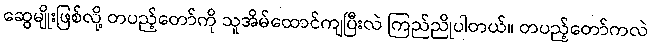
ဆွေမျိုးဖြစ်လို့ တပည့်တော်ကို သူအိမ်ထောင်ကျပြီးလဲ ကြည်ညိုပါတယ်။ တပည့်တော်ကလဲ